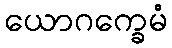
ယောဂက္ခေမံ